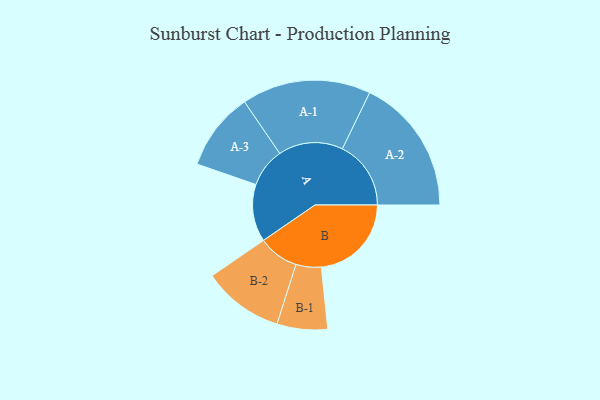
{"axis": {"x": "Segment", "y": "Value"}, "legend": ["", "A", "B"], "data": [{"x": "A", "y": 241, "type": ""}, {"x": "B", "y": 378, "type": ""}, {"x": "A-1", "y": 271, "type": "A"}, {"x": "A-2", "y": 288, "type": "A"}, {"x": "A-3", "y": 164, "type": "A"}, {"x": "B-1", "y": 106, "type": "B"}, {"x": "B-2", "y": 170, "type": "B"}]}